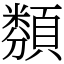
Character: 𩔫